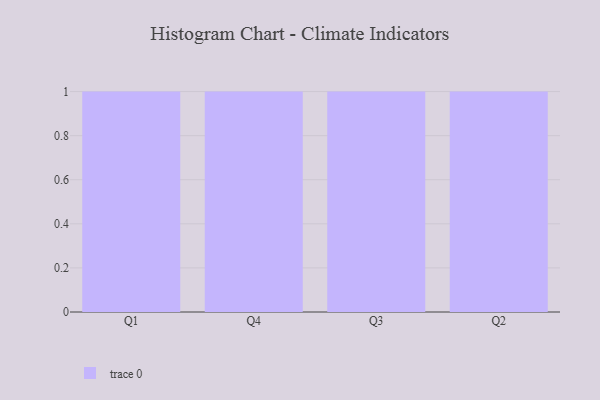
{"axis": {"x": "Quarter", "y": "Humidity (%)"}, "legend": [""], "data": [{"x": "Q1", "y": 48, "type": ""}, {"x": "Q4", "y": 37, "type": ""}, {"x": "Q3", "y": 4, "type": ""}, {"x": "Q2", "y": 12, "type": ""}]}